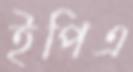
ইপিএ